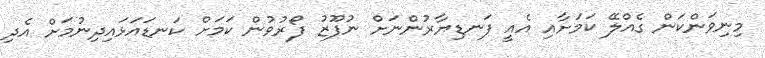
މިނިވަންކަން ގެއްލޭ ކަމަށާއި އެއީ ފަނޑިޔާރުންނަށް ނުފޫޒު ފޯރުވުން ކަމަށް ކަނޑައަޅައިދިނުމަށް އެދި